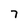
Character: 7